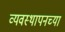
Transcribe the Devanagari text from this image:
व्यवस्थापनच्या